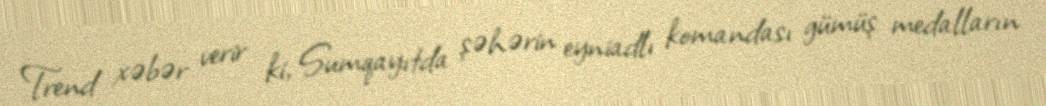
Trend xəbər verir ki, Sumqayıtda şəhərin eyniadlı komandası gümüş medalların